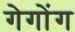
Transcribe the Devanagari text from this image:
गेगोंग